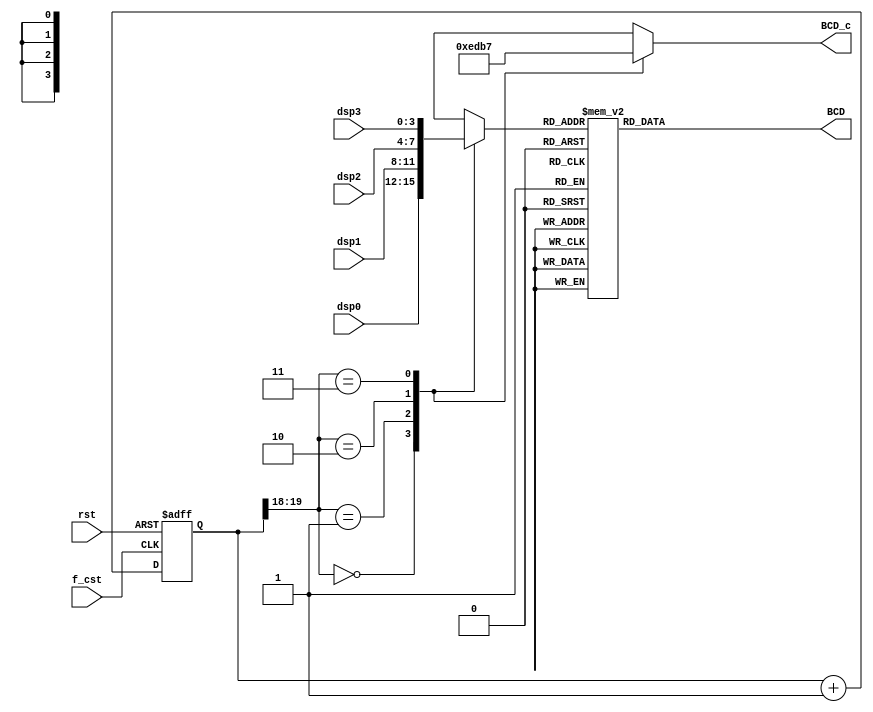
`timescale 1ns / 1ps
//////////////////////////////////////////////////////////////////////////////////
// Company: 
// Engineer: 
// 
// Design Name: 
// Module Name: ssd_ctl
// Project Name: 
// Target Devices: 
// Tool Versions: 
// Description: 
// 
// Dependencies: 
// 
// Revision:
// Revision 0.01 - File Created
// Additional Comments:
// 
//////////////////////////////////////////////////////////////////////////////////
// define segment codes
`define SS_0 8'b00000011
`define SS_1 8'b10011111
`define SS_2 8'b00100101
`define SS_3 8'b00001101
`define SS_4 8'b10011001
`define SS_5 8'b01001001
`define SS_6 8'b01000001
`define SS_7 8'b00011111
`define SS_8 8'b00000001
`define SS_9 8'b00001001
`define SS_A 8'b00010001
`define SS_S 8'b11111101
`define SS_M 8'b00010011
`define SS_Z 8'b11111111
`define SS_F 8'b01110001

module ssd_ctl(
    input [3:0]dsp0,
    input [3:0]dsp1,
    input [3:0]dsp2,
    input [3:0]dsp3,
    input f_cst,
    output reg [7:0]BCD,
    output reg [3:0]BCD_c,
    input rst
    );
//counter
    reg [19:0] cnt,cnt_tmp;
    //+1
    always @(cnt)
        cnt_tmp <= cnt+1;       
    // Flip flops
    always @(posedge f_cst or posedge rst)
        if (rst) cnt <= 20'b0;
        else cnt <= cnt_tmp;
        
    wire [1:0]ssd_en;
    assign ssd_en = {cnt[19],cnt[18]};
    
    reg [3:0]BCD_tmp;
        
    always @(BCD_tmp)
        case (BCD_tmp)
            4'd0: BCD = `SS_0;
            4'd1: BCD = `SS_1;
            4'd2: BCD = `SS_2;
            4'd3: BCD = `SS_3;
            4'd4: BCD = `SS_4;
            4'd5: BCD = `SS_5;
            4'd6: BCD = `SS_6;
            4'd7: BCD = `SS_7;
            4'd8: BCD = `SS_8;
            4'd9: BCD = `SS_9;
            4'd10: BCD = `SS_A;
            4'd11: BCD = `SS_S;
            4'd12: BCD = `SS_M;
            4'd13: BCD = `SS_Z;
            default: BCD = `SS_F;
        endcase
        
        
    always @*
    case(ssd_en)
         2'b00: BCD_tmp = dsp0;
         2'b01: BCD_tmp = dsp1;
         2'b10: BCD_tmp = dsp2;
         2'b11: BCD_tmp = dsp3;
         default: BCD_tmp = 4'b0000;
    endcase
    
    always @*
    case(ssd_en)
         2'b00: BCD_c = 4'b1110;
         2'b01: BCD_c = 4'b1101;
         2'b10: BCD_c = 4'b1011;
         2'b11: BCD_c = 4'b0111;
         default: BCD_c = 4'b1111;
    endcase
    
    

endmodule